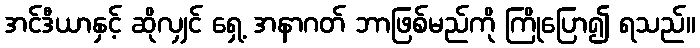
အင်ဒီယာနှင့် ဆိုလျှင် ရှေ့ အနာဂတ် ဘာဖြစ်မည်ကို ကြိုပြော၍ ရသည်။